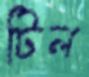
টিল